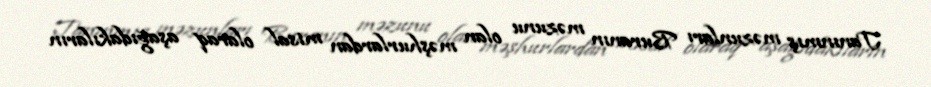
Tanınmış məzunları Buranın məzunu olan məşhurlardan misal olaraq aşağıdakıların